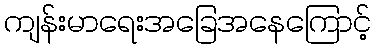
ကျန်းမာရေးအခြေအနေကြောင့်